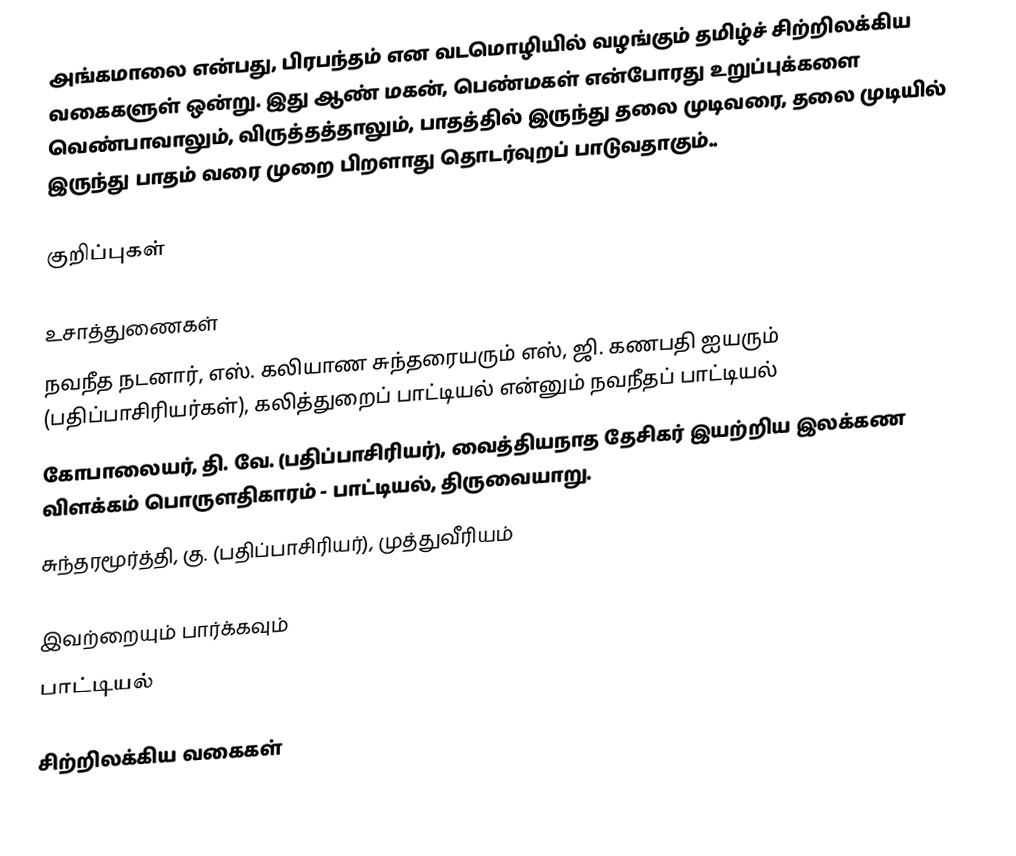
அங்கமாலை என்பது, பிரபந்தம் என வடமொழியில் வழங்கும் தமிழ்ச் சிற்றிலக்கிய வகைகளுள் ஒன்று. இது ஆண் மகன், பெண்மகள் என்போரது உறுப்புக்களை வெண்பாவாலும், விருத்தத்தாலும், பாதத்தில் இருந்து தலை முடிவரை, தலை முடியில் இருந்து பாதம் வரை முறை பிறளாது தொடர்வுறப் பாடுவதாகும்..

குறிப்புகள்

உசாத்துணைகள்
 நவநீத நடனார், எஸ். கலியாண சுந்தரையரும் எஸ், ஜி. கணபதி ஐயரும் (பதிப்பாசிரியர்கள்), கலித்துறைப் பாட்டியல் என்னும் நவநீதப் பாட்டியல்
 கோபாலையர், தி. வே. (பதிப்பாசிரியர்), வைத்தியநாத தேசிகர் இயற்றிய இலக்கண விளக்கம் பொருளதிகாரம் - பாட்டியல், திருவையாறு.
 சுந்தரமூர்த்தி, கு. (பதிப்பாசிரியர்), முத்துவீரியம்

இவற்றையும் பார்க்கவும்
 பாட்டியல்

சிற்றிலக்கிய வகைகள்